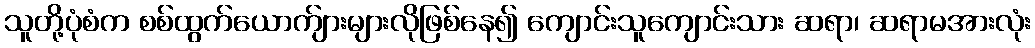
သူတို့ပုံစံက စစ်ထွက်ယောက်ျားများလိုဖြစ်နေ၍ ကျောင်းသူကျောင်းသား ဆရာ၊ ဆရာမအားလုံး